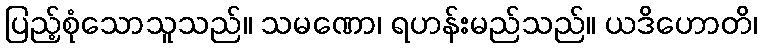
ပြည့်စုံသောသူသည်။ သမဏော၊ ရဟန်းမည်သည်။ ယဒိဟောတိ၊